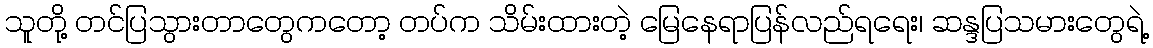
သူတို့ တင်ပြသွားတာတွေကတော့ တပ်က သိမ်းထားတဲ့ မြေနေရာပြန်လည်ရရေး၊ ဆန္ဒပြသမားတွေရဲ့